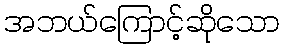
အဘယ်ကြောင့်ဆိုသော